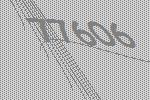
77606